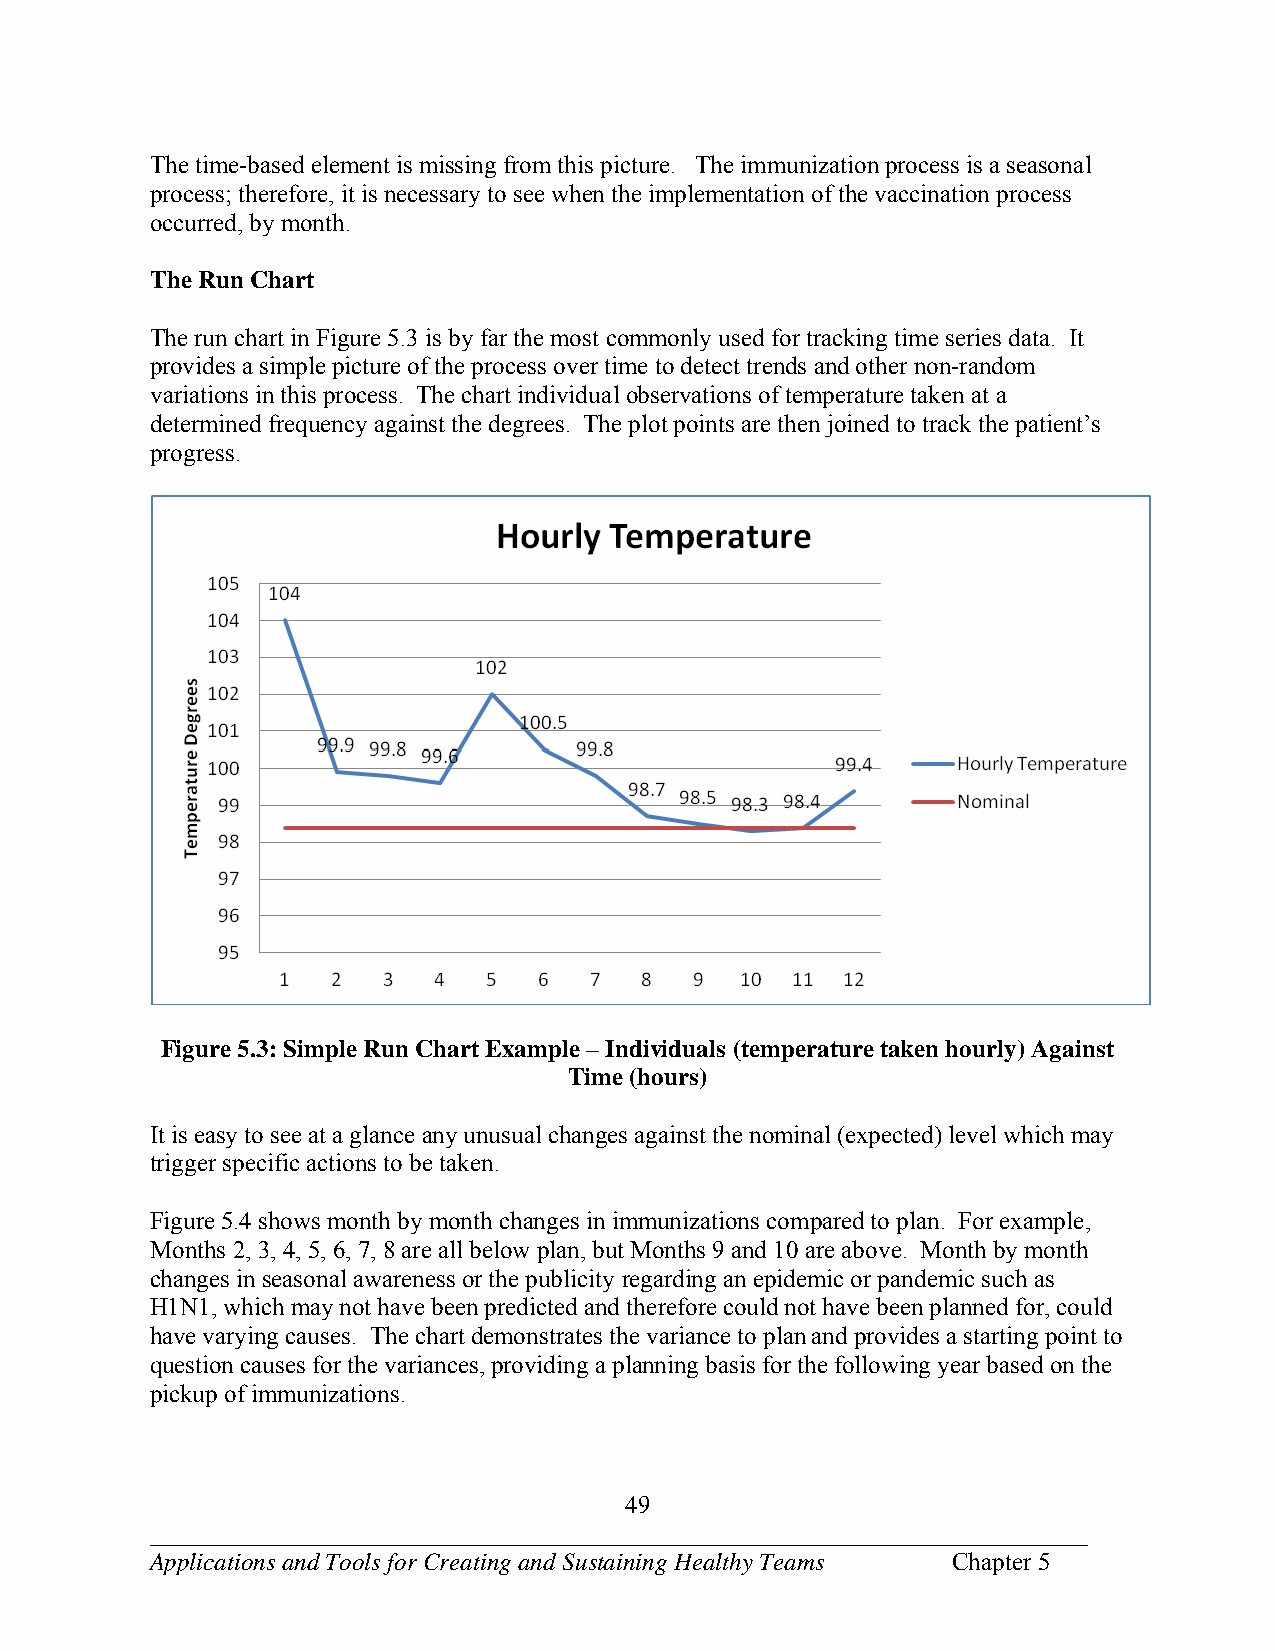
The time-based element is missing from this picture. The immunization process is a seasonal
 process; therefore, it is necessary to see when the implementation of the vaccination process
 occurred, by month.
 The Run Chart
 The run chart in Figure 5.3 is by far the most commonly used for tracking time series data. It
 provides a simple picture of the process over time to detect trends and other non-random
 variations in this process. The chart individual observations of temperature taken at a
 determined frequency against the degrees. The plot points are then joined to track the patient’s
 progress.
 Figure 5.3: Simple Run Chart Example – Individuals (temperature taken hourly) Against
 Time (hours)
 It is easy to see at a glance any unusual changes against the nominal (expected) level which may
 trigger specific actions to be taken.
 Figure 5.4 shows month by month changes in immunizations compared to plan. For example,
 Months 2, 3, 4, 5, 6, 7, 8 are all below plan, but Months 9 and 10 are above. Month by month
 changes in seasonal awareness or the publicity regarding an epidemic or pandemic such as
 H1N1, which may not have been predicted and therefore could not have been planned for, could
 have varying causes. The chart demonstrates the variance to plan and provides a starting point to
 question causes for the variances, providing a planning basis for the following year based on the
 pickup of immunizations.
 49
 ___________________________________________________________________________
 Applications and Tools for Creating and Sustaining Healthy Teams Chapter 5